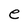
Character: e